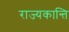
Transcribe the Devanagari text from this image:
राज्यकान्ति